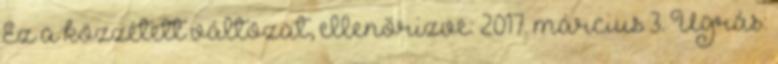
Ez a közzétett változat, ellenőrizve: 2017. március 3. Ugrás: